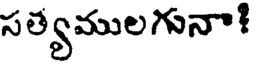
సత్యములగునా!